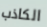
الكاذب